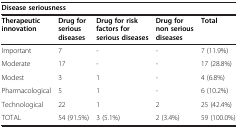
| <COLSPAN=5> Disease seriousness |
 | Therapeutic innovation | Drug for serious diseases | Drug for risk factors for serious diseases | Drug for non serious diseases | Total |
 | --- | --- | --- | --- | --- |
 | Important | 7 | - | - | 7 (11.9%) |
 | Moderate | 17 | - | - | 17 (28.8%) |
 | Modest | 3 | 1 | - | 4 (6.8%) |
 | Pharmacological | 5 | 1 | - | 6 (10.2%) |
 | Technological | 22 | 1 | 2 | 25 (42.4%) |
 | TOTAL | 54 (91.5%) | 3 (5.1%) | 2 (3.4%) | 59 (100.0%) |